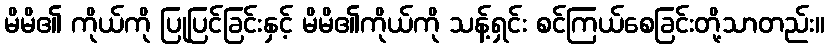
မိမိ၏ ကိုယ်ကို ပြုပြင်ခြင်းနှင့် မိမိ၏ကိုယ်ကို သန့်ရှင်း စင်ကြယ်စေခြင်းတို့သာတည်း။